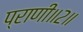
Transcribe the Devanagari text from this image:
प्राणी॥२॥